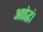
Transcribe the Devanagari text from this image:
आतेद्धं।